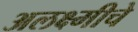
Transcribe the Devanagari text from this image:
अलक्ष्मीचे